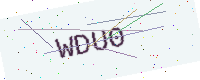
Text: WDU0